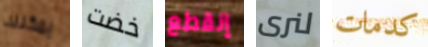
يمكنك خضت إنقطع لنرى كدمات